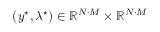
( y ^ { \star } , \lambda ^ { \star } ) \in \mathbb { R } ^ { N \cdot M } \times \mathbb { R } ^ { N \cdot M }